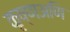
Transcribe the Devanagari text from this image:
कृष्णअणि